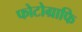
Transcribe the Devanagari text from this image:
फोटोग्राफि